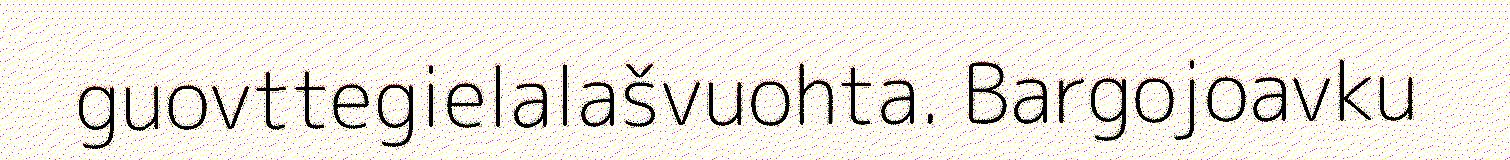
guovttegielalašvuohta. Bargojoavku